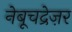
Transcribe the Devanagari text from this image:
नेबूचद्रेज़र